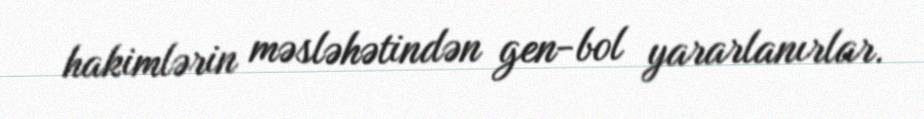
hakimlərin məsləhətindən gen-bol yararlanırlar.